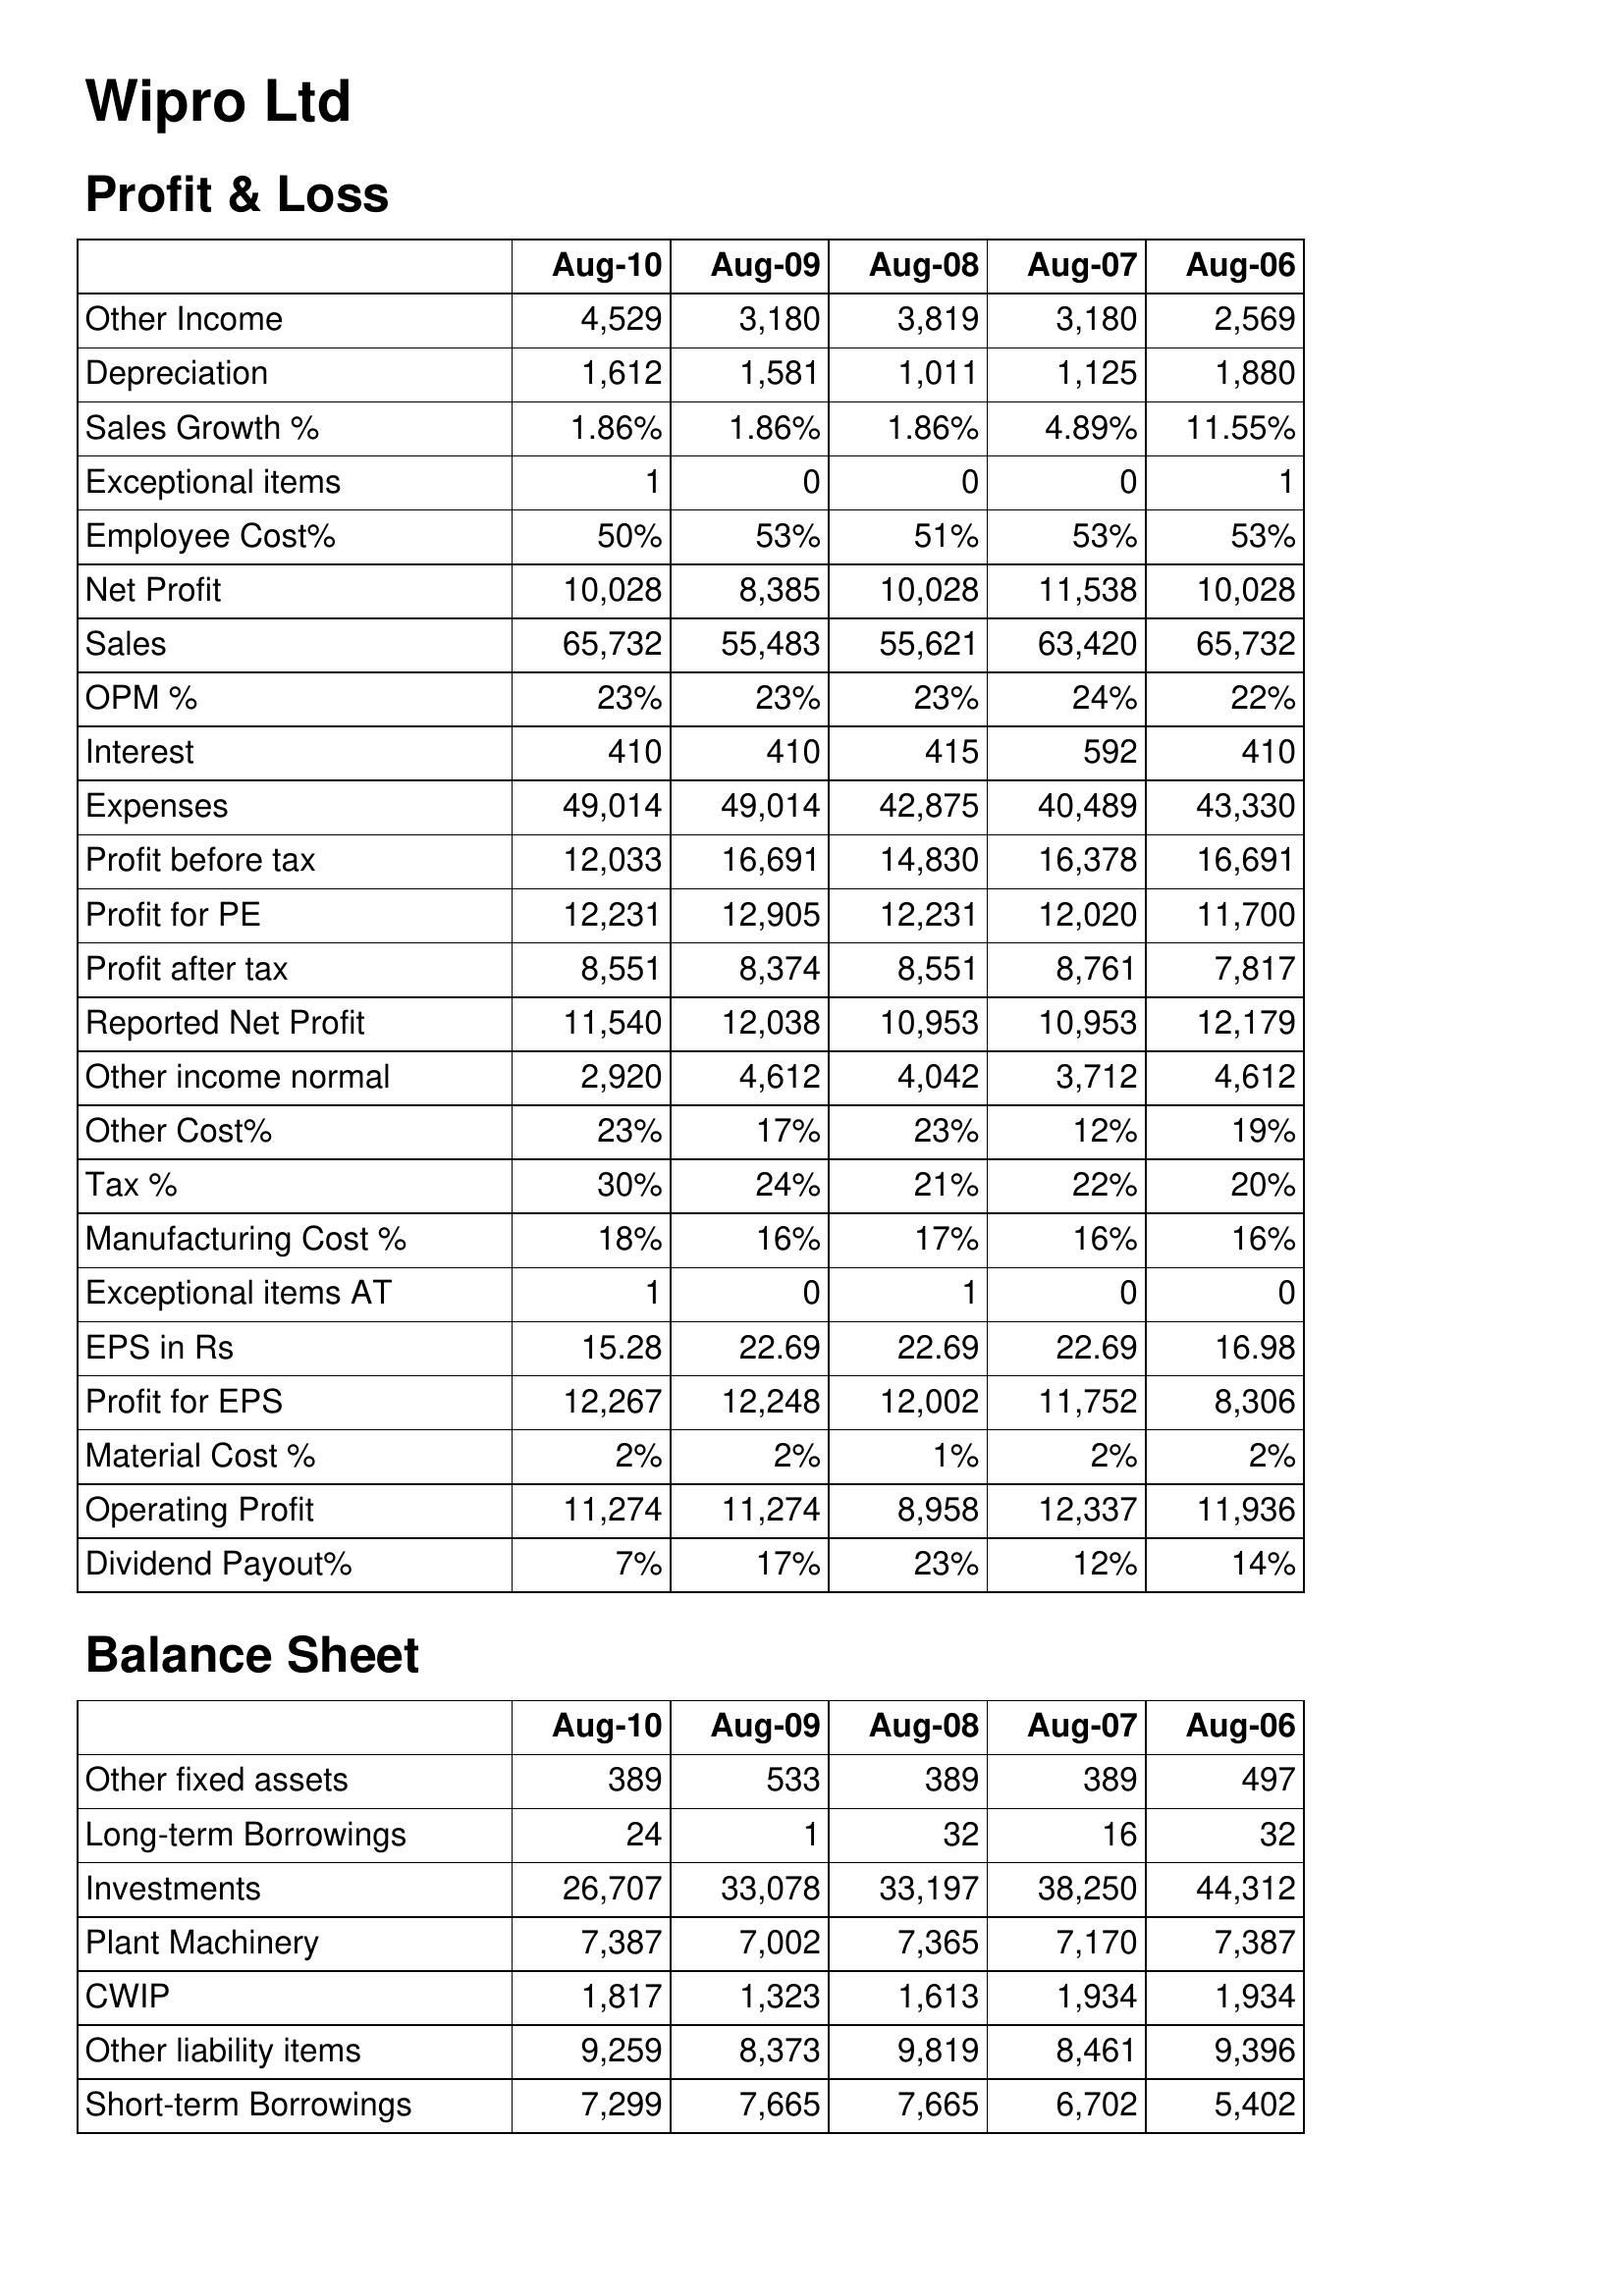
Aug-10: Profit & Loss: Other Income: 4,529
Depreciation: 1,612
Sales Growth %: 1.86%
Exceptional items: 1
Employee Cost%: 50%
Net Profit: 10,028
Sales: 65,732
OPM %: 23%
Interest: 410
Expenses: 49,014
Profit before tax: 12,033
Profit for PE: 12,231
Profit after tax: 8,551
Reported Net Profit: 11,540
Other income normal: 2,920
Other Cost%: 23%
Tax %: 30%
Manufacturing Cost %: 18%
Exceptional items AT: 1
EPS in Rs: 15.28
Profit for EPS: 12,267
Material Cost %: 2%
Operating Profit: 11,274
Dividend Payout%: 7%
Balance Sheet: Other fixed assets: 389
Long-term Borrowings: 24
Investments: 26,707
Plant Machinery: 7,387
CWIP: 1,817
Other liability items: 9,259
Short-term Borrowings: 7,299
Aug-09: Profit & Loss: Other Income: 3,180
Depreciation: 1,581
Sales Growth %: 1.86%
Exceptional items: 0
Employee Cost%: 53%
Net Profit: 8,385
Sales: 55,483
OPM %: 23%
Interest: 410
Expenses: 49,014
Profit before tax: 16,691
Profit for PE: 12,905
Profit after tax: 8,374
Reported Net Profit: 12,038
Other income normal: 4,612
Other Cost%: 17%
Tax %: 24%
Manufacturing Cost %: 16%
Exceptional items AT: 0
EPS in Rs: 22.69
Profit for EPS: 12,248
Material Cost %: 2%
Operating Profit: 11,274
Dividend Payout%: 17%
Balance Sheet: Other fixed assets: 533
Long-term Borrowings: 1
Investments: 33,078
Plant Machinery: 7,002
CWIP: 1,323
Other liability items: 8,373
Short-term Borrowings: 7,665
Aug-08: Profit & Loss: Other Income: 3,819
Depreciation: 1,011
Sales Growth %: 1.86%
Exceptional items: 0
Employee Cost%: 51%
Net Profit: 10,028
Sales: 55,621
OPM %: 23%
Interest: 415
Expenses: 42,875
Profit before tax: 14,830
Profit for PE: 12,231
Profit after tax: 8,551
Reported Net Profit: 10,953
Other income normal: 4,042
Other Cost%: 23%
Tax %: 21%
Manufacturing Cost %: 17%
Exceptional items AT: 1
EPS in Rs: 22.69
Profit for EPS: 12,002
Material Cost %: 1%
Operating Profit: 8,958
Dividend Payout%: 23%
Balance Sheet: Other fixed assets: 389
Long-term Borrowings: 32
Investments: 33,197
Plant Machinery: 7,365
CWIP: 1,613
Other liability items: 9,819
Short-term Borrowings: 7,665
Aug-07: Profit & Loss: Other Income: 3,180
Depreciation: 1,125
Sales Growth %: 4.89%
Exceptional items: 0
Employee Cost%: 53%
Net Profit: 11,538
Sales: 63,420
OPM %: 24%
Interest: 592
Expenses: 40,489
Profit before tax: 16,378
Profit for PE: 12,020
Profit after tax: 8,761
Reported Net Profit: 10,953
Other income normal: 3,712
Other Cost%: 12%
Tax %: 22%
Manufacturing Cost %: 16%
Exceptional items AT: 0
EPS in Rs: 22.69
Profit for EPS: 11,752
Material Cost %: 2%
Operating Profit: 12,337
Dividend Payout%: 12%
Balance Sheet: Other fixed assets: 389
Long-term Borrowings: 16
Investments: 38,250
Plant Machinery: 7,170
CWIP: 1,934
Other liability items: 8,461
Short-term Borrowings: 6,702
Aug-06: Profit & Loss: Other Income: 2,569
Depreciation: 1,880
Sales Growth %: 11.55%
Exceptional items: 1
Employee Cost%: 53%
Net Profit: 10,028
Sales: 65,732
OPM %: 22%
Interest: 410
Expenses: 43,330
Profit before tax: 16,691
Profit for PE: 11,700
Profit after tax: 7,817
Reported Net Profit: 12,179
Other income normal: 4,612
Other Cost%: 19%
Tax %: 20%
Manufacturing Cost %: 16%
Exceptional items AT: 0
EPS in Rs: 16.98
Profit for EPS: 8,306
Material Cost %: 2%
Operating Profit: 11,936
Dividend Payout%: 14%
Balance Sheet: Other fixed assets: 497
Long-term Borrowings: 32
Investments: 44,312
Plant Machinery: 7,387
CWIP: 1,934
Other liability items: 9,396
Short-term Borrowings: 5,402